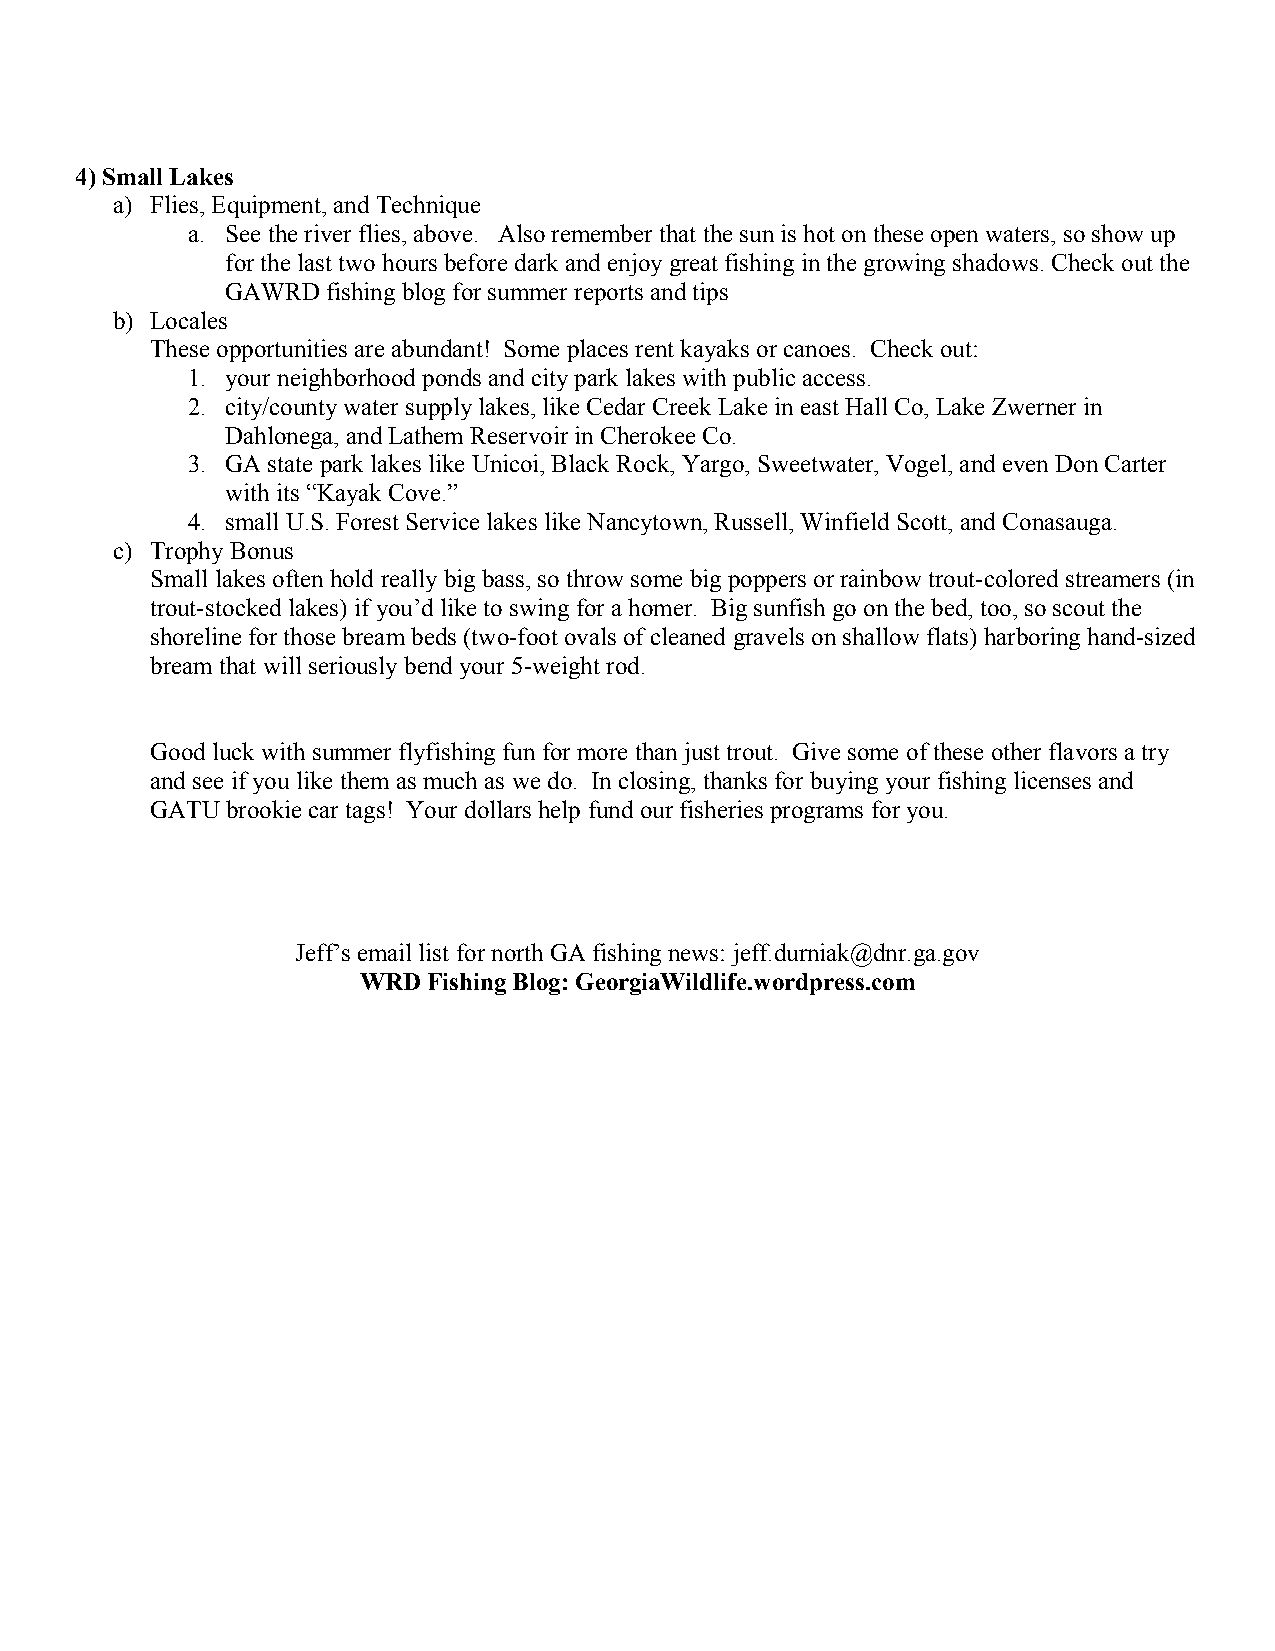
4) Small Lakes
 a) Flies, Equipment, and Technique
 a. See the river flies, above. Also remember that the sun is hot on these open waters, so show up
 for the last two hours before dark and enjoy great fishing in the growing shadows. Check out the
 GAWRD  fishing blog for summer reports and tips
 b) Locales
 These opportunities are abundant! Some places rent kayaks or canoes. Check out:
 1. your neighborhood ponds and city park lakes with public access.
 2. city/county water supply lakes, like Cedar Creek Lake in east Hall Co, Lake Zwerner in
 Dahlonega, and Lathem Reservoir in Cherokee Co.
 3. GA state park lakes like Unicoi, Black Rock, Yargo, Sweetwater, Vogel, and even Don Carter
 with its “Kayak Cove.”
 4. small U.S. Forest Service lakes like Nancytown, Russell, Winfield Scott, and Conasauga.
 c) Trophy Bonus
 Small lakes often hold really big bass, so throw some big poppers or rainbow trout-colored streamers (in
 trout-stocked lakes) if you’d like to swing for a homer. Big sunfish go on the bed, too, so scout the
 shoreline for those bream beds (two-foot ovals of cleaned gravels on shallow flats) harboring hand-sized
 bream that will seriously bend your 5-weight rod.
 Good luck with summer flyfishing fun for more than just trout. Give some of these other flavors a try
 and see if you like them as much as we do. In closing, thanks for buying your fishing licenses and
 GATU brookie car tags! Your dollars help fund our fisheries programs for you.
 Jeff’s email list for north GA fishing news: jeff.durniak@dnr.ga.gov
 WRD Fishing Blog: GeorgiaWildlife.wordpress.com